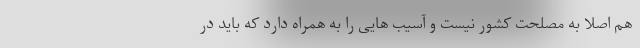
هم اصلا به مصلحت کشور نیست و آسیب هایی را به همراه دارد که باید در